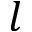
l